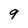
Character: 9